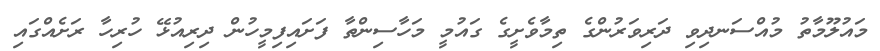
މައުލޫމާތު މުއްސަނދިވި ދަރިވަރުންގެ ތިމާވެށީގެ ގައުމީ މަހާސިންތާ ފަށައިފިމީހުން ދިރިއުޅޭ ހުރިހާ ރަށެއްގައި